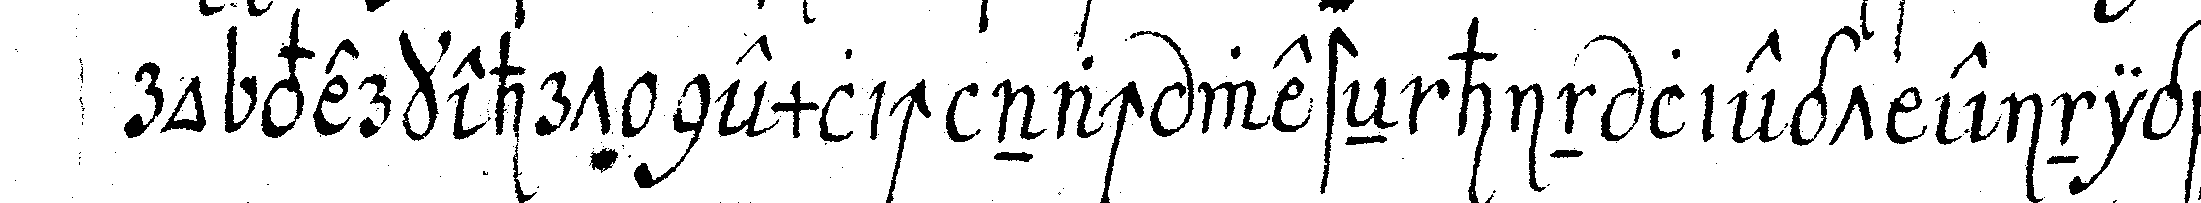
ro verkehrt nemlich nach westeN hin liegt einige